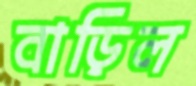
বাড়িল